Cholera in India, 1862 to 1881
Year: 1862
Disease focus: Cholera
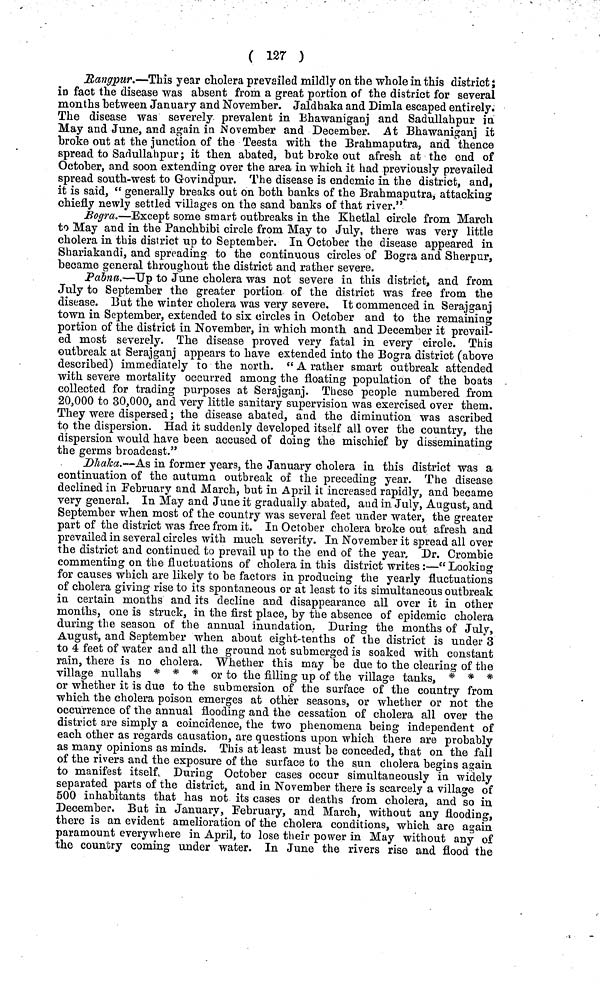
( 127 )
Rangpur.—This year cholera prevailed mildly on the whole in this district;
in fact the disease was absent from a great portion of the district for several
months between January and November. Jaldhaka and Dirnla escaped entirely.
The disease was severely prevalent in Bhawaniganj and Sadullahpur in
May and June, and again in November and December. At Bhawaniganj it
broke out at the junction of the Teesta with the Brahmaputra, and thence
spread to Sadullahpur; it then abated, but broke out afresh at the end of
October, and soon extending over the area in which it had previously prevailed
spread south-west to Govindpur. The disease is endemic in the district, and,
it is said, " generally breaks out on both banks of the Brahmaputra, attacking
chiefly newly settled villages on the sand banks of that river."
Bogra.—Except some smart outbreaks in the Khetlal circle from March
to May and in the Panchbibi circle from May to July, there was very little
cholera in this district up to September. In October the disease appeared in
Shariakandi, and spreading to the continuous circles of Bogra and Sherpur,
became general throughout the district and rather severe.
Pabna.—Tip to June cholera was not severe in this district, and from
July to September the greater portion of the district was free from the
disease. But the winter cholera was very severe. It commenced in Serajganj
town in September, extended to six circles in October and to the remaining
portion of the district in November, in which month and December it prevail-
ed most severely. The disease proved very fatal in every circle. This
outbreak at Serajganj appears to have extended into the Bogra district (above
described) immediately to the north. " A rather smart outbreak attended
with severe mortality occurred among the floating population of the boats
collected for trading purposes at Serajganj. These people numbered from
20,000 to 30,000, and very little sanitary supervision was exercised over them.
They were dispersed; the disease abated, and the diminution was ascribed
to the dispersion. Had it suddenly developed itself all over the country, the
dispersion would have been accused of doing the mischief by disseminating
the germs broadcast."
Dhaka.—'As in former years, the January cholera in this district was a
continuation of the autumn outbreak of the preceding year. The disease
declined in February and March, but in April it increased rapidly, and became
very general. In May and June it gradually abated, and in July, August, and
September when most of the country was several feet under water, the greater
part of the district was free from it. In October cholera broke out afresh and
prevailed in several circles with much severity. In November it spread all over
the district and continued to prevail up to the end of the year. Dr. Crombie
commenting on the fluctuations of cholera in this district writes :—"Looking
for causes which are likely to be factors in producing the yearly fluctuations
of cholera giving rise to its spontaneous or at least to its simultaneous outbreak
in certain months and its decline and disappearance all over it in other
months, one is struck, in the first place, by the absence of epidemic cholera
during the season of the annual inundation. During the months of July,
August, and September when about eight-tenths of the district is under 3
to 4 feet of water and all the ground not submerged is soaked with constant
rain, there is no cholera. Whether this may be due to the clearing of the
village nullahs * * * or to the filling up of the village tanks, * * *
or whether it is due to the submersion of the surface of the country from
which the cholera poison emerges at other seasons, or whether or not the
occurrence of the annual flooding and the cessation of cholera all over the
district are simply a coincidence, the two phenomena being independent of
each other as regards causation, are questions upon which there are probably
as many opinions as minds. This at least must be conceded, that on the fall
of the rivers and the exposure of the surface to the sun cholera begins again
to manifest itself, During October cases occur simultaneously in widely
separated parts of the district, and in November there is scarcely a village of
500 inhabitants that has not its cases or deaths from cholera, and so in
December. But in January, February, and March, without any flooding,
there is an evident amelioration of the cholera conditions, which are again
paramount everywhere in April, to lose their power in May without any of
the country coming under water. In June the rivers rise and flood the